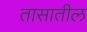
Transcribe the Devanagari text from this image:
तासातील